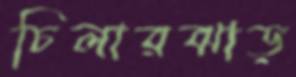
চিলারঝাড়